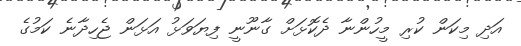
އަދި މިކަން ކުރި މީހުންނާ ދެކޮޅަށް ގާނޫނީ ފިޔަވަޅު އަޅަން ޖެހިދާނެ ކަމުގެ